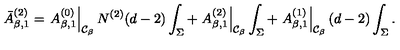
\bar { A } _ { \beta , 1 } ^ { ( 2 ) } = \left. A _ { \beta , 1 } ^ { ( 0 ) } \right| _ { { \cal C } _ { \beta } } N ^ { ( 2 ) } ( d - 2 ) \int _ { \Sigma } + \left. A _ { \beta , 1 } ^ { ( 2 ) } \right| _ { { \cal C } _ { \beta } } \int _ { \Sigma } + \left. A _ { \beta , 1 } ^ { ( 1 ) } \right| _ { { \cal C } _ { \beta } } ( d - 2 ) \int _ { \Sigma } .